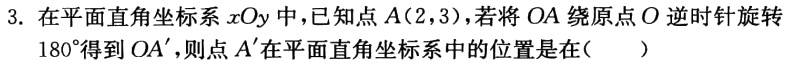
3. 在平面直角坐标系\(xOy\)中，已知点\(A(2,3)\)，若将\(OA\)绕原点\(O\)逆时针旋转\(180^{\circ}\)得到\(OA'\)，则点\(A'\)在平面直角坐标系中的位置是在(  )